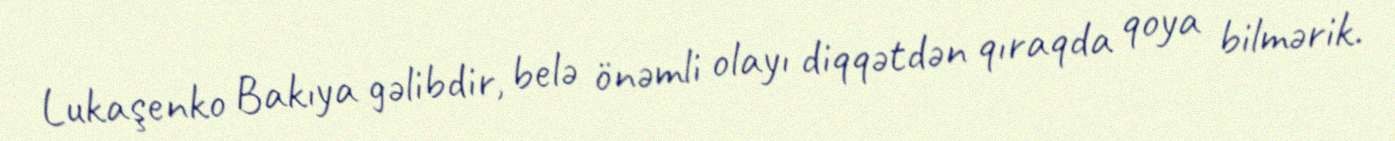
Lukaşenko Bakıya gəlibdir, belə önəmli olayı diqqətdən qıraqda qoya bilmərik.